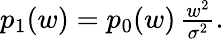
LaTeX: \begin{array}{r}{p_{1}(w)=p_{0}(w)\, \frac{w^{2}}{\sigma^{2}}.}\end{array}